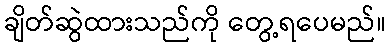
ချိတ်ဆွဲထားသည်ကို တွေ့ရပေမည်။